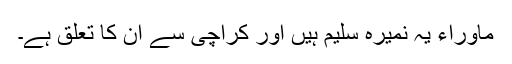
ماوراء یہ نمیرہ سلیم ہیں اور کراچی سے ان کا تعلق ہے۔